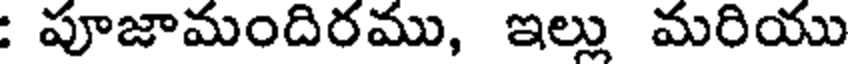
: పూజామందిరము, ఇల్లు మరియు